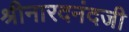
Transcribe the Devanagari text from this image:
श्रीनारदनंदजी